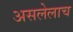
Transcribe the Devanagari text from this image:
असलेलाच